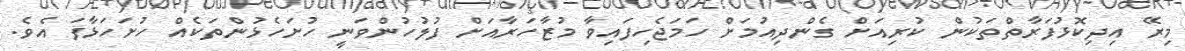
މިރޭ އިދިކޮޅުފަރާތްތަކުން ކުރިއަށް ގެންދިއުމަށް ހަމަޖެހިފައިވާ މުޒާހަރާއަށް ފުލުހުންވަނީ ހުށަހެޅުންތަކެއް ހުށަހަޅާފަ އެވެ.